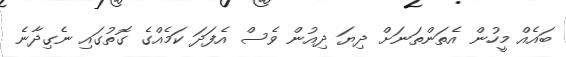
ބައެއް މީހުން އެތަންތަނަށް ދިޔަ ދިއުން ވެސް އެފަދަ ކަމެއްގެ ގޮތުގައި ނެގިދާނެ